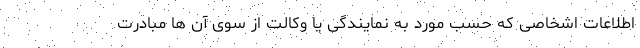
اطلاعات اشخاصی که حسب مورد به نمایندگی یا وکالت از سوی‌ آن ها مبادرت